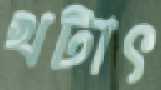
খটাৎ